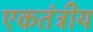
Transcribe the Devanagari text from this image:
एकतंत्रीय